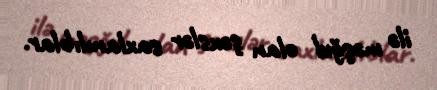
ilə məşğul olan şəxslər saxlanılıblar.